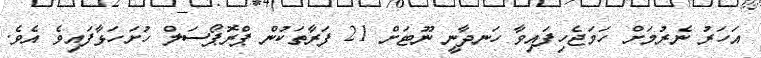
އަހަރު ނެރުމަށް ހަމަޖެހިފައިވާ ހަނދާނީ ނޫޓަށް 21 ފަރާތަކުން ޕްރޮޕޯސަލް ހުށަހަޅާފައިވެ އެވެ.